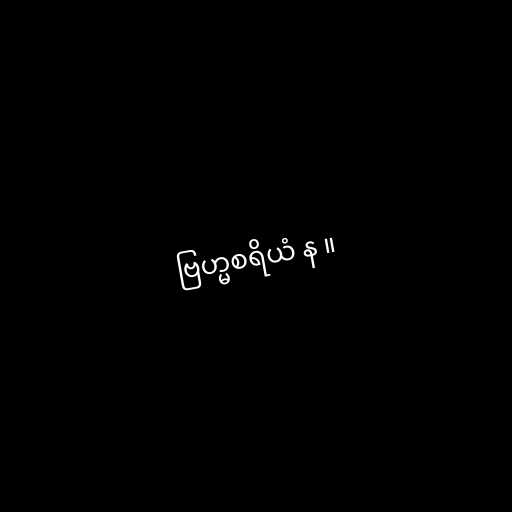
ဗြဟ္မစရိယံ န ။